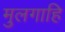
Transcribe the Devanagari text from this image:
मुलगाहि